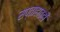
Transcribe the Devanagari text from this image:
सप्ताहातही